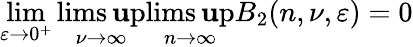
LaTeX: \operatorname*{lim}_{\varepsilon\rightarrow0^{+}}\operatorname*{lims\mathbf{u}p}_{\nu\rightarrow\infty}\operatorname*{lims\mathbf{u}p}_{n\rightarrow\infty}B_{2}(n,\nu,\varepsilon)=0